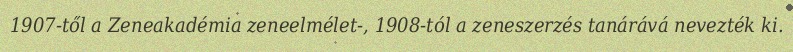
1907-től a Zeneakadémia zeneelmélet-, 1908-tól a zeneszerzés tanárává nevezték ki.